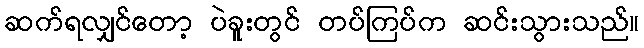
ဆက်ရလျှင်တော့ ပဲခူးတွင် တပ်ကြပ်က ဆင်းသွားသည်။